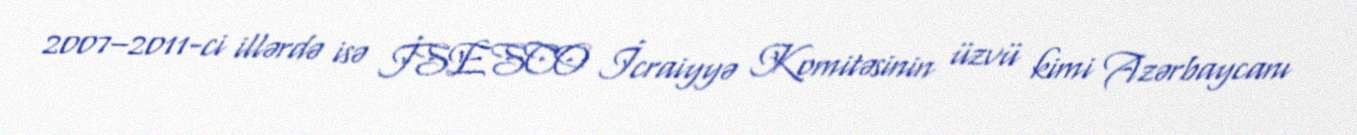
2007–2011-ci illərdə isə İSESCO İcraiyyə Komitəsinin üzvü kimi Azərbaycanı